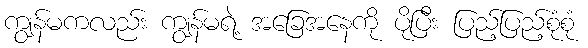
ကျွန်မကလည်း ကျွန်မရဲ့ အခြေအနေကို ပိုပြီး ပြည့်ပြည့်စုံစုံ